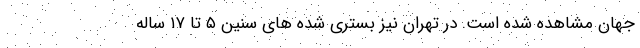
جهان مشاهده شده است. در تهران نیز بستری شده های سنین ۵ تا ۱۷ ساله